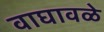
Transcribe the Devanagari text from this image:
वाघावळे